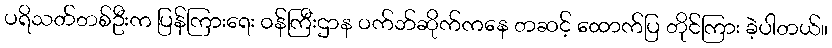
ပရိသတ်တစ်ဦးက ပြန်ကြားရေး ဝန်ကြီးဌာန ဝက်ဘ်ဆိုက်ကနေ တဆင့် ထောက်ပြ တိုင်ကြား ခဲ့ပါတယ်။